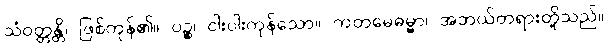
သံဝတ္တန္တိ၊ ဖြစ်ကုန်၏။ ပဉ္စ၊ ငါးပါးကုန်သော။ ကတမေဓမ္မာ၊ အဘယ်တရားတို့သည်။